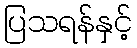
ပြသရန်နှင့်